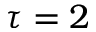
\tau = 2